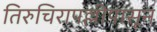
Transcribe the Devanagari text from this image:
तिरुचिरापल्लीपासून